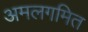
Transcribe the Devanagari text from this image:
अमलगमित